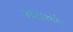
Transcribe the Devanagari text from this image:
जोखमभरी